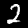
Label: 2